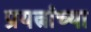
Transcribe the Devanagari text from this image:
प्रयत्नांच्या